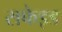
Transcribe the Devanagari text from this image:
सफेइड